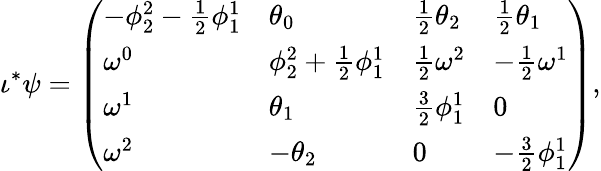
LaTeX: \iota^{*}\psi=\left(\begin{array}{llll}{-\phi_{2}^{2}-\textstyle{\frac 12}\phi_{1}^{1}}&{\theta_{0}}&{\textstyle{\frac 12}\theta_{2}}&{\textstyle{\frac 12}\theta_{1}}\\ {\omega^{0}}&{\phi_{2}^{2}+\textstyle{\frac 12}\phi_{1}^{1}}&{\textstyle{\frac 12}\omega^{2}}&{-\textstyle{\frac 12}\omega^{1}}\\ {\omega^{1}}&{\theta_{1}}&{\frac{3}{2}\phi_{1}^{1}}&{0}\\ {\omega^{2}}&{-\theta_{2}}&{0}&{-\frac{3}{2}\phi_{1}^{1}}\end{array}\right),